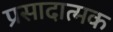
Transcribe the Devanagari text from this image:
प्रसादात्मक